Vaccine operations Central Provinces 1868-1885 - 1868-1885
Year: 1868
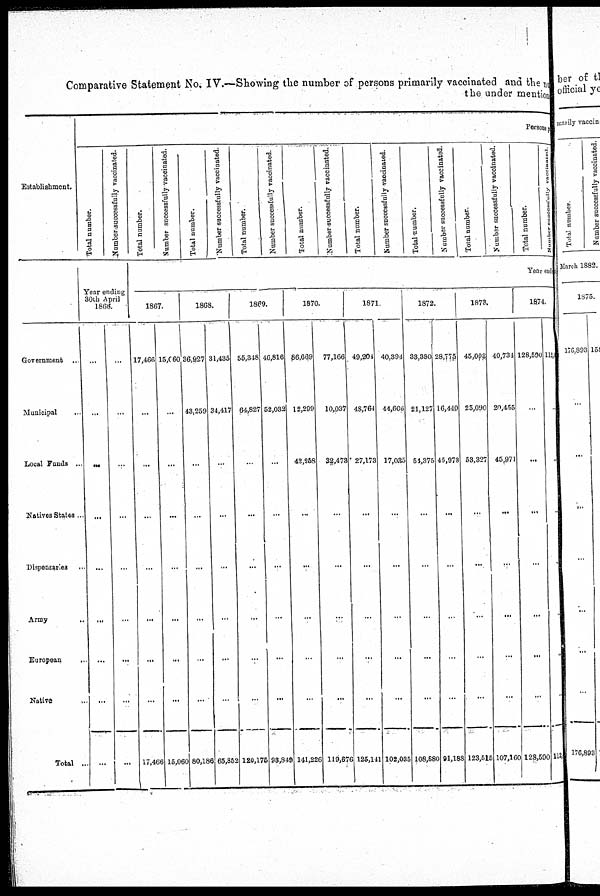
Comparative Statement No. IV.—Showing the number of persons primarily vaccinated and the num
the under mention
Establishment.
Government ...
Municipal...
...
Local Funds ...
Natives States... ...
Dispensaries... ...
Army
..
European... ... ...
Native... ...
Total... ... ...
Persons.
Total number.
Number successfully vaccinated.
Year ending
30th April
1866.
...
...
...
...
...
...
...
...
...
...
...
...
...
...
...
...
...
...
Total number.
Number successfully vaccinated.
Total number.
Number successfully vaccinated.
Total number.
Number successfully vaccinated.
Total number.
Number successfully vaccinated.
Total number.
Number successfully vaccinated.
Total number.
Number successfully vaccinated.
Total number.
Number successfully vaccinated.
Total number.
Number successfully vaccinated.
Year endi
1867.
17,466
...
...
...
...
...
...
...
17,466
15,060
...
...
...
...
...
...
...
15,060
1868.
36,927
43,259
...
...
...
...
...
...
80,186
31,435
34,417
...
...
...
...
...
...
65,852
1869.
55,348
64,827
...
...
...
...
...
...
120,175
40,816
52,032
...
...
...
...
...
...
98,849
1870.
86,669
12,299
42,258
...
...
...
...
...
141,226
77,166
10,037
32,473
...
...
...
...
...
119,676
1871
49,204
48,764
27,173
...
...
...
...
...
125,141
40,394
44,606
17,035
...
...
...
...
...
102,035
1872.
33,380
21,127
54,375
...
...
...
...
...
108,880
28,775
16,440
45,973
...
...
...
...
...
91,188
1873.
45,008
25,090
53,327
...
...
...
...
...
123,515
40,734
20,455
45,971
...
...
...
...
...
107,160
1874.
128,590
...
...
...
...
...
...
...
128,590
112
...
...
...
...
...
...
..
112